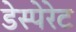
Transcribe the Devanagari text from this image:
डेस्पेरेट